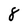
Character: 8